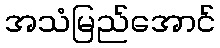
အသံမြည်အောင်